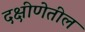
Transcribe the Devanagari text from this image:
दक्षीणेतील